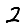
Digit: 2